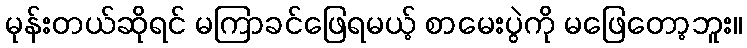
မုန်းတယ်ဆိုရင် မကြာခင်ဖြေရမယ့် စာမေးပွဲကို မဖြေတော့ဘူး။